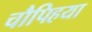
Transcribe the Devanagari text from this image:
चौपिहया